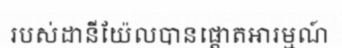
របស់ដានីយ៉ែលបានផ្តោតអារម្មណ៍